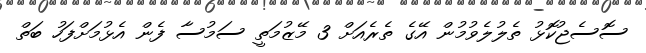
ސޮސެޖުކޮޅު ތެލުލެވުމުން އޭގެ ތެރެއަށް 3 މޭޒުމަތީ ސަމުސާ ފެން އެޅުމަށްފަހު ބަތް